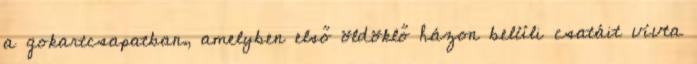
a gokartcsapatban, amelyben első öldöklő házon belüli csatáit vívta